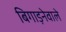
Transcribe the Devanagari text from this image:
बिगाड़नेवाले